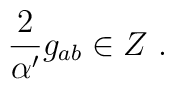
{2 \over \alpha^\prime} g_{ab} \in Z\ .